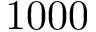
1 0 0 0